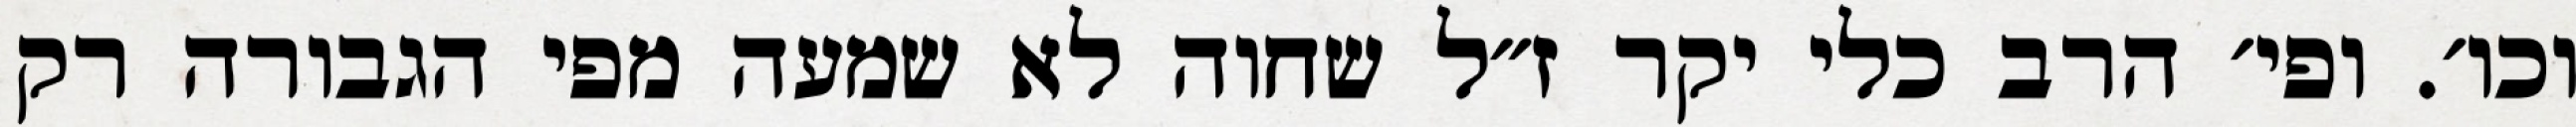
וכו׳. ופי׳ הרב כלי יקר ז״ל שחוה לא שמעה מפי הגבורה רק